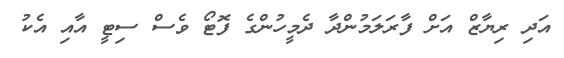
އަދި ރިޔާޒް އަށް ފާރަލަމުންދާ ދެމީހުންގެ ފޮޓޯ ވެސް ސިޓީ އާއި އެކު